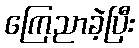
ကြေညာခဲ့ပြီး